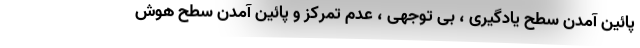
پائین آمدن سطح یادگیری ، بی توجهی ، عدم تمرکز و پائین آمدن سطح هوش